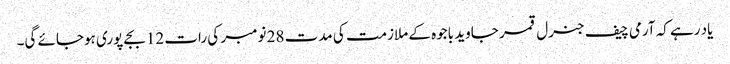
یاد رہے کہ آرمی چیف جنرل قمر جاوید باجوہ کے ملازمت کی مدت 28 نومبر کی رات 12 بجے پوری ہوجائے گی۔